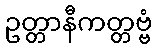
ဥတ္တာနီကတ္တဗ္ဗံ